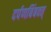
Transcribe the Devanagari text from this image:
दर्पणबिंबवत्